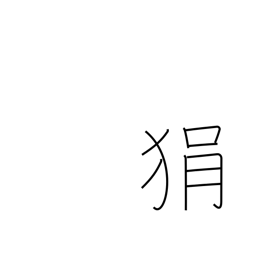
Meaning: short-tempered